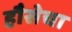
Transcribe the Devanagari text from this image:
हौसेचा